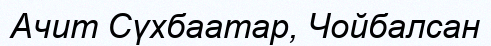
Ачит Сүхбаатар, Чойбалсан